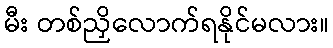
မီး တစ်ညှိလောက်ရနိုင်မလား။